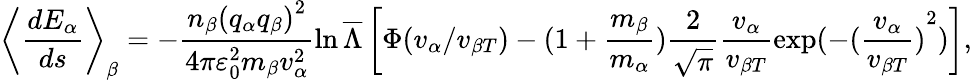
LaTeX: {{\left\langle\frac{d{{E}_{\alpha}}}{ds}\right\rangle}_{\beta}}=-\frac{{{n}_{\beta}}{{({{q}_{\alpha}}{{q}_{\beta}})}^{2}}}{4\pi\varepsilon_{0}^{2}{{m}_{\beta}}v_{\alpha}^{2}}\ln\overline{{\Lambda}}\left[\Phi({{v}_{\alpha}}/{{v}_{\beta T}})-(1+\frac{{{m}_{\beta}}}{{{m}_{\alpha}}})\frac{2}{\sqrt{\pi}}\frac{{{v}_{\alpha}}}{{{v}_{\beta T}}}\exp(-{{(\frac{{{v}_{\alpha}}}{{{v}_{\beta T}}})}^{2}})\right],